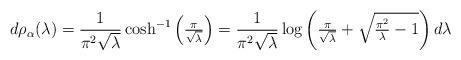
LaTeX: \begin{align*}d\rho_\alpha(\lambda)=\frac1{\pi^2\sqrt{\lambda}}\cosh^{-1}\left(\tfrac{\pi}{\sqrt{\lambda}}\right)=\frac1{\pi^2\sqrt{\lambda}}\log\left(\tfrac{\pi}{\sqrt{\lambda}}+\sqrt{\tfrac{\pi^2}{\lambda}-1}\right)d\lambda\end{align*}